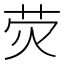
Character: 荧